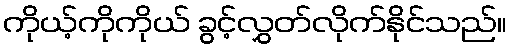
ကိုယ့်ကိုကိုယ် ခွင့်လွှတ်လိုက်နိုင်သည်။